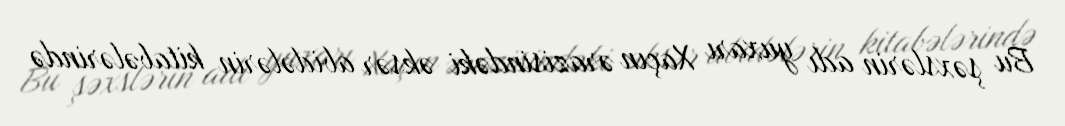
Bu şəxslərin adı yuxarı Xaçın ərazisindəki əksər abidələrin kitabələrində